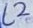
Text: L2